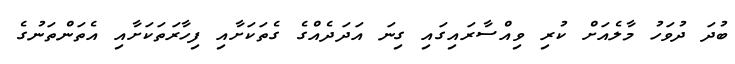
ބުދަ ދުވަހު މާލެއަށް ކުރި ވިއްސާރައިގައި ގިނަ އަދަދެއްގެ ގެތަކަށާއި ފިހާރަތަކަށާއި އެތަންތަނުގެ